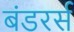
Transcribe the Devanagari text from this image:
बंडरर्स